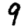
Digit: 9